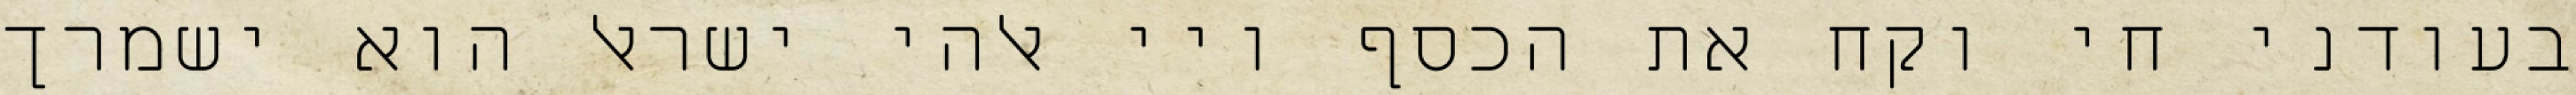
בעודני חי וקח את הכסף ויי אלהי ישראל הוא ישמרך